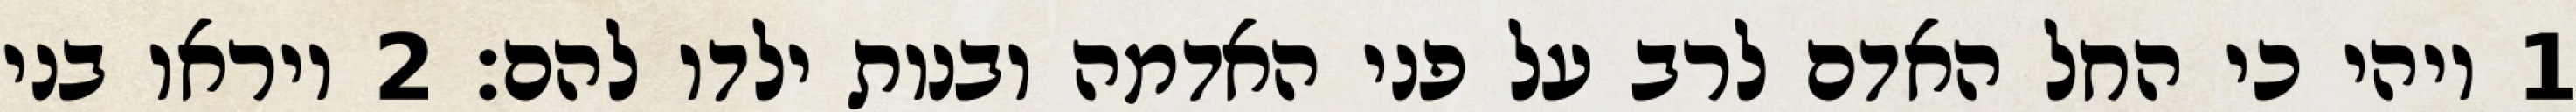
1 ויהי כי החל האדם לרב על פני האדמה ובנות ילדו להם׃ ‎2‏ ויראו בני